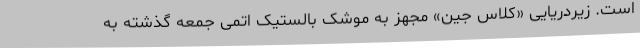
است. زیردریایی «کلاس جین» مجهز به موشک بالستیک اتمی جمعه گذشته به